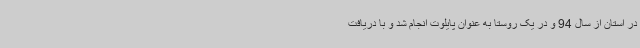
در استان از سال 94 و در یک روستا به عنوان پایلوت انجام شد و با دریافت